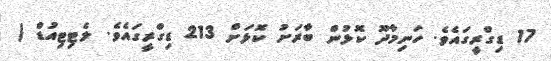
17 ޑިގްރީގައެވެ. ހަނިމާދޫ ކޮޅުން ބާރަށު ކޮޅަށް 213 ޑިގްރީގައެވެ. ލެޓިޓިއުޑް (